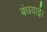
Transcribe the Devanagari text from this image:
बंधवाई।